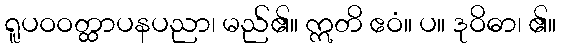
ရူပဝဝတ္ထာပနပညာ၊ မည်၏။ ဣတိ ဧဝံ။ ပ။ ဒုဝိဓာ၊ ၏။